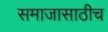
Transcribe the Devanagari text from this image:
समाजासाठीच